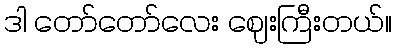
ဒါ တော်တော်လေး ဈေးကြီးတယ်။